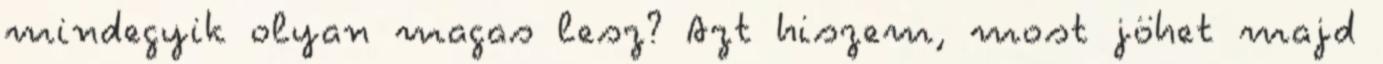
mindegyik olyan magas lesz? Azt hiszem, most jöhet majd